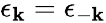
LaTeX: \epsilon_{\mathbf{k}}=\epsilon_{-\mathbf{k}}